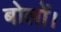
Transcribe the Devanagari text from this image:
बोलों।